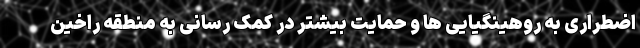
اضطراری به روهینگیایی ها و حمایت بیشتر در کمک رسانی به منطقه راخین